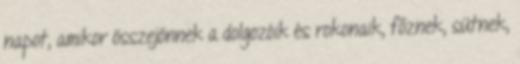
napot, amikor összejönnek a dolgozóik és rokonaik, főznek, sütnek,